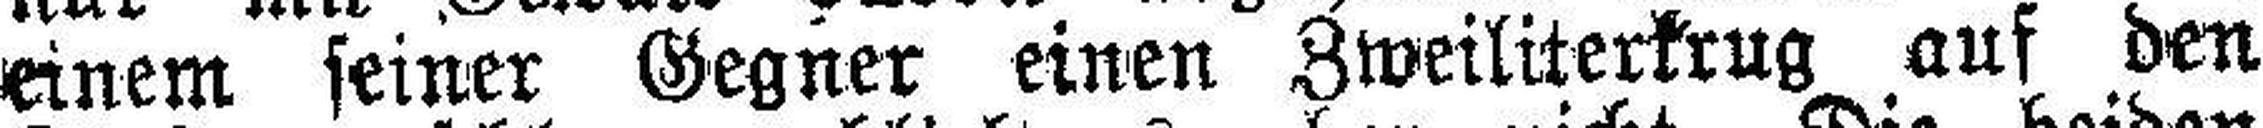
einem seiner Gegner einen Zweiliterkrug auf den